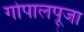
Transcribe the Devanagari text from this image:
गोपालपूजा